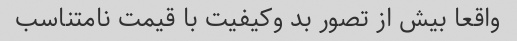
واقعا بیش از تصور بد وکیفیت با قیمت نامتناسب